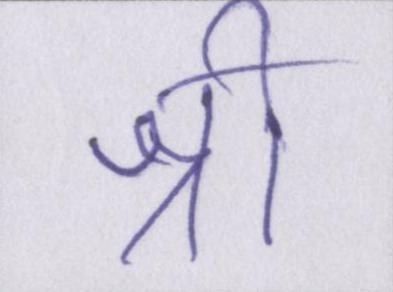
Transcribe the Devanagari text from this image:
श्री